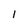
Character: l